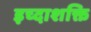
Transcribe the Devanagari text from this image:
इच्दाशक्ति